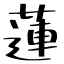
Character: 蓮